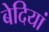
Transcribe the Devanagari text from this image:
बेदियां